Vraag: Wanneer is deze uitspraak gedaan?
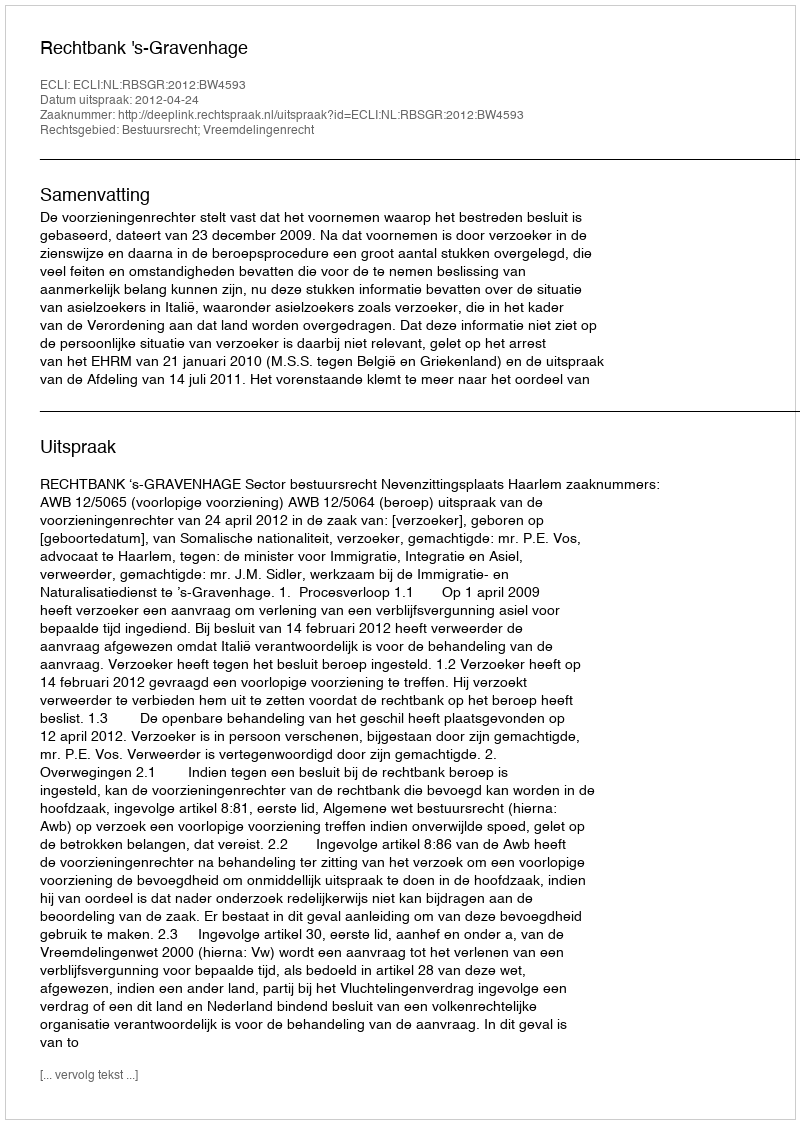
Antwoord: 2012-04-24